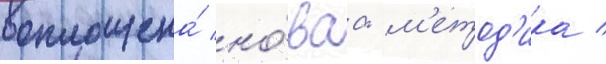
воплощена́ но́ваа -м'етод'ика /